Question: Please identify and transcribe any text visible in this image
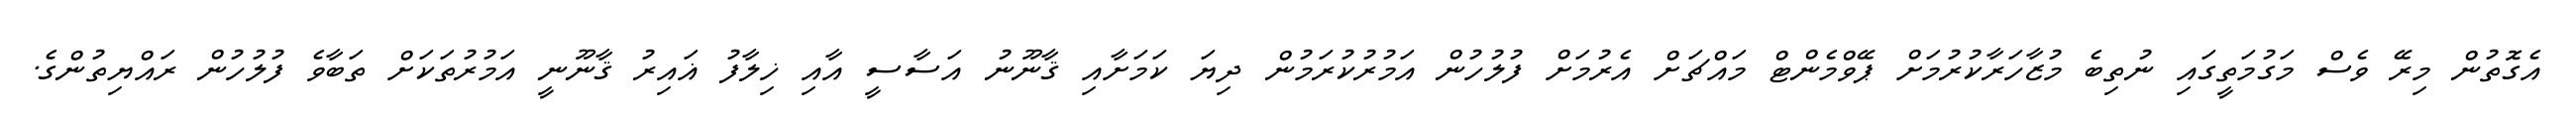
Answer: އެގޮތުން މިރޭ ވެސް މަގުމަތީގައި ނުތިބެ މުޒާހަރާކުރުމަށް ޕޭވްމެންޓް މައްޗަށް އެރުމަށް ފުލުހުން އަމުރުކުރަމުން ދިޔަ ކަމަށާއި ޤާނޫނު އަސާސީ އާއި ޚިލާފު ޣައިރު ޤާނޫނީ އަމުރުތަކަށް ތަބާވެ ފުލުހުން ރައްޔިތުންގެ.